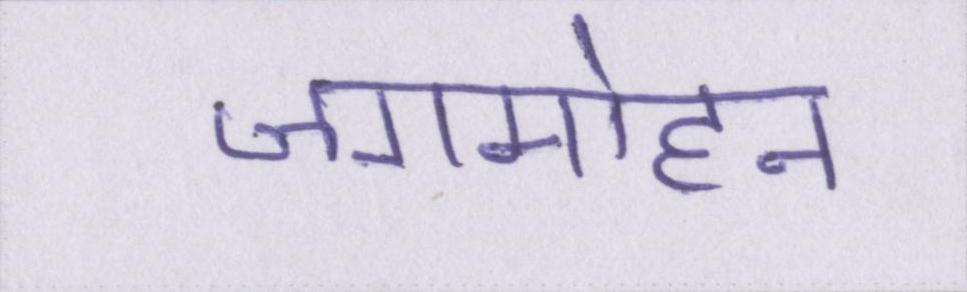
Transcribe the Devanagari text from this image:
जगमोहन